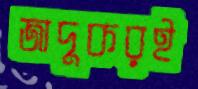
জাদুকরই